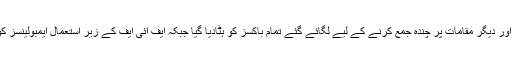
ایک سوال کے جواب میں انہوں نے بتایا کہ مساجد اور دیگر مقامات پر چندہ جمع کرنے کے لیے لگائے گئے تمام باکسز کو ہٹادیا گیا جبکہ ایف آئی ایف کے زیر استعمال ایمبولینسز کو پنجاب کی ریسکیو 1122 کے حوالے کر دیا گیا۔